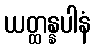
ယတ္ထန္နပါနံ